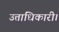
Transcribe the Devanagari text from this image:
उत्ताधिकारी।